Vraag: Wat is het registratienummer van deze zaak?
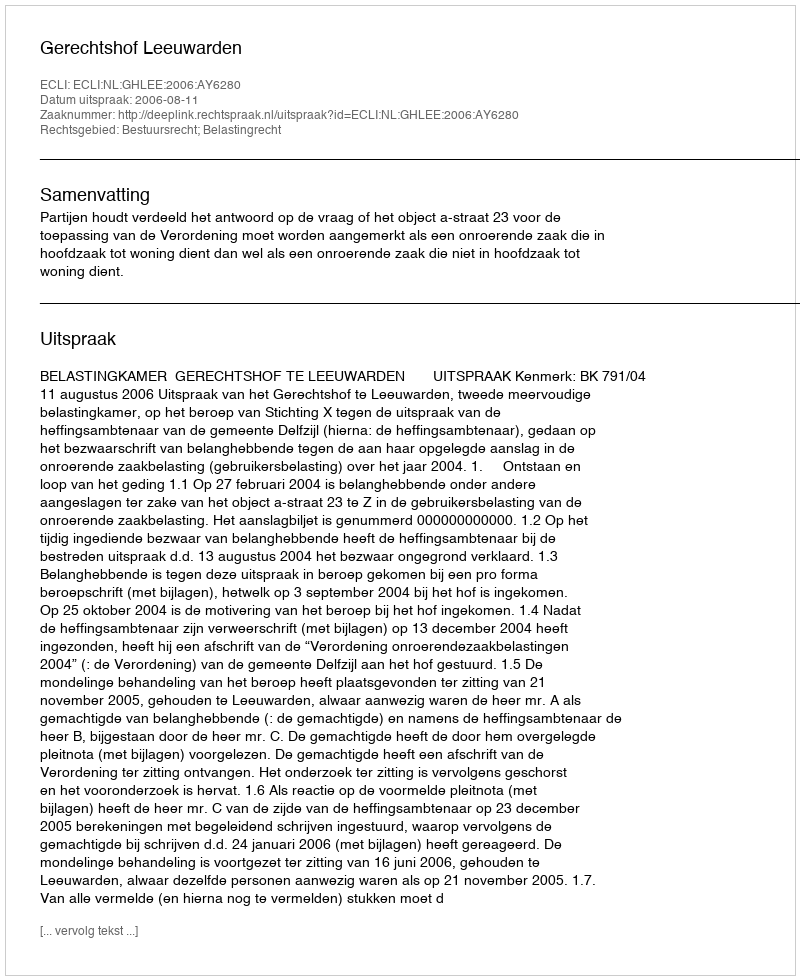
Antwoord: http://deeplink.rechtspraak.nl/uitspraak?id=ECLI:NL:GHLEE:2006:AY6280